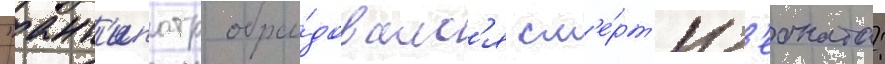
"ант'ипатр обра́довалс'я см'е́рт'и л'еоната: